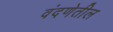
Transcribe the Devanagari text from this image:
वंदणेतील